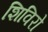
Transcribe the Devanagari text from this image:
शिविरो